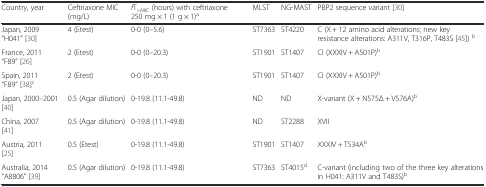
| Country, year | Ceftriaxone MIC (mg/L) | fT>MIC (hours) with ceftriaxone 250 mg × 1 (1 g × 1)a | MLST | NG-MAST | PBP2 sequence variant [30] |
 | --- | --- | --- | --- | --- | --- |
 | Japan, 2009 “H041” [30] | 4 (Etest) | 0-0 (0–5.6) | ST7363 | ST4220 | C (X + 12 amino acid alterations; new key resistance alterations: A311V, T316P, T483S [45]) b |
 | France, 2011 “F89” [26] | 2 (Etest) | 0-0 (0–20.3) | ST1901 | ST1407 | CI (XXXIV + A501P)b |
 | Spain, 2011 “F89” [38]c | 2 (Etest) | 0-0 (0–20.3) | ST1901 | ST1407 | CI (XXXIV + A501P)b |
 | Japan, 2000–2001 [40] | 0.5 (Agar dilution) | 0-19.8 (11.1-49.8) | ND | ND | X-variant (X + N575Δ + V576A)b |
 | China, 2007 [41] | 0.5 (Agar dilution) | 0-19.8 (11.1-49.8) | ND | ST2288 | XVII |
 | Austria, 2011 [25] | 0.5 (Etest) | 0-19.8 (11.1-49.8) | ST1901 | ST1407 | XXXIV + T534Ab |
 | Australia, 2014 “A8806” [39] | 0.5 (Agar dilution) | 0-19.8 (11.1-49.8) | ST7363 | ST4015d | C-variant (including two of the three key alterations in H041: A311V and T483S)b |